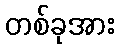
တစ်ခုအား